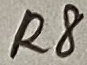
Text: R8